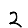
Digit: 2